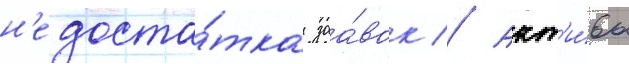
н'едоста́тка заа́вок // Акт'и́вы